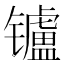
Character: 𲈟